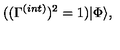
( ( \Gamma ^ { ( i n t ) } ) ^ { 2 } = 1 ) | \Phi \rangle ,